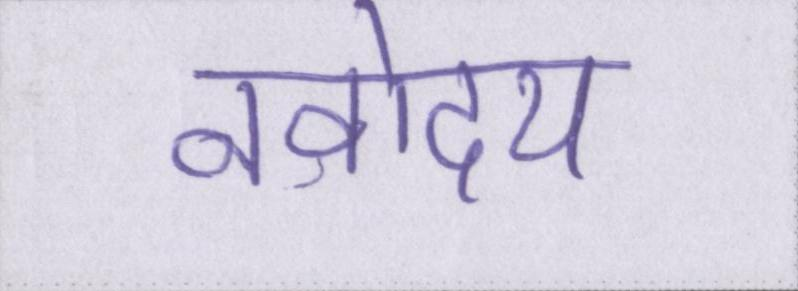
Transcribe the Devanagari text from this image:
नवोदय